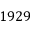
1 9 2 9